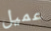
عميل